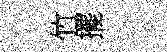
竹擺